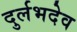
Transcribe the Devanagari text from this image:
दुर्लभदेव